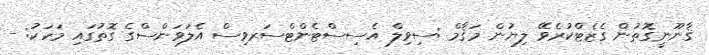
ޤާނޫނީގޮތުން ގެޒެޓްކުރެވޭ ލިޔުން މަޤާމް :ސިވިލް އެސިސްޓެންޓްސަރވިސް އެލަވަންސްގެ ގޮތުގައި މަހަކު: -